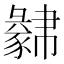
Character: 𧲁